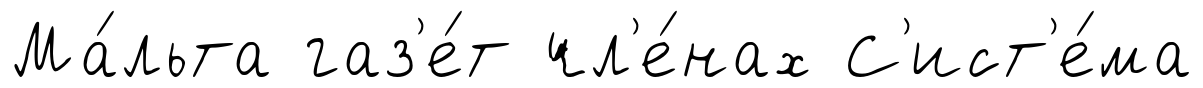
Ма́льта газ'е́т чл'е́нах С'ист'е́ма